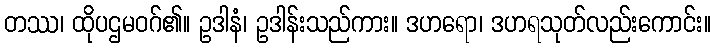
တဿ၊ ထိုပဌမဝဂ်၏။ ဥဒါနံ၊ ဥဒါန်းသည်ကား။ ဒဟရော၊ ဒဟရသုတ်လည်းကောင်း။